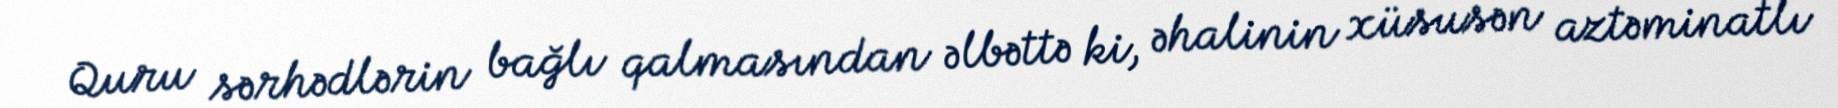
Quru sərhədlərin bağlı qalmasından əlbəttə ki, əhalinin xüsusən aztəminatlı